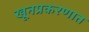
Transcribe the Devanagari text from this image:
खूनप्रकरणात